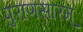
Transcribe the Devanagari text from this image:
पुराणसारम्